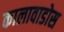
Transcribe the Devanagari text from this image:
कालावाडोस